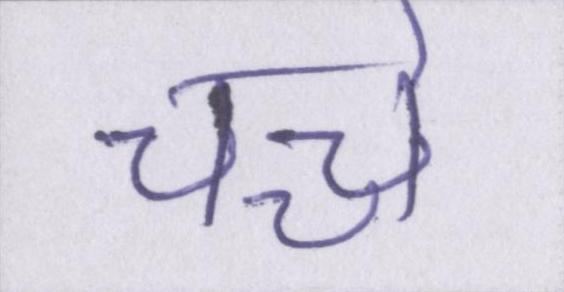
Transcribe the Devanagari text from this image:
चच्चे